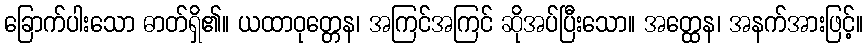
ခြောက်ပါးသော ဓာတ်ရှိ၏။ ယထာဝုတ္တေန၊ အကြင်အကြင် ဆိုအပ်ပြီးသော။ အတ္ထေန၊ အနက်အားဖြင့်။